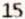
15